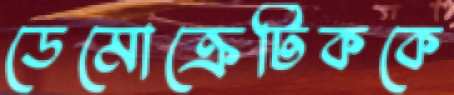
ডেমোক্রেটিককে